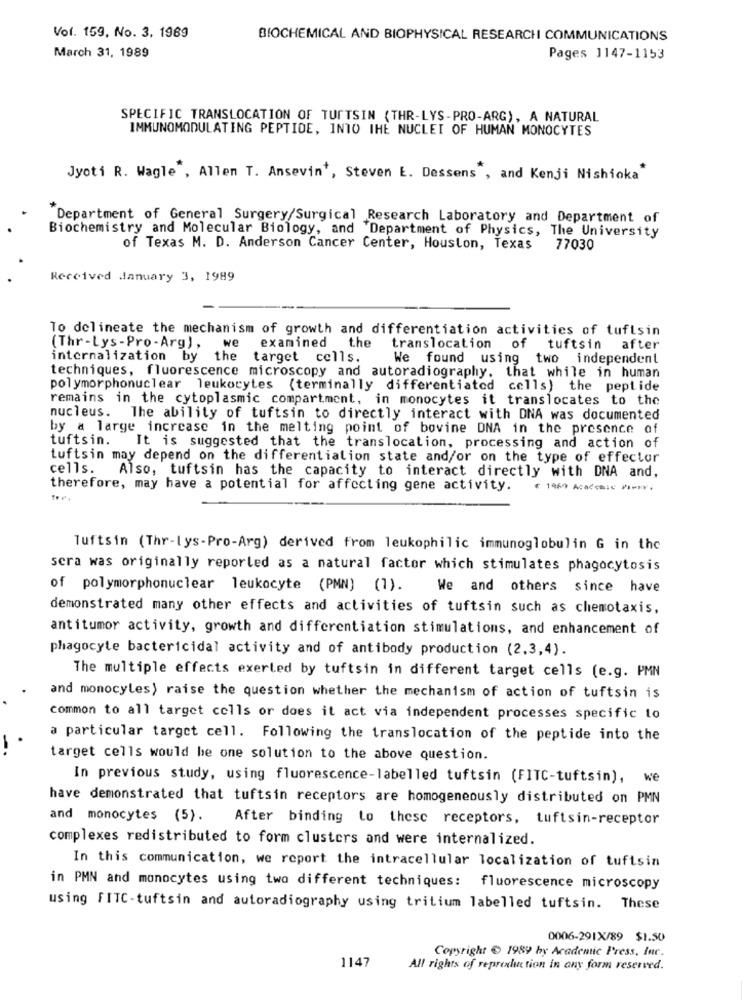
Vol. 159, No. 3. 1989
BIOCHEMICAL AND BIOPHYSICAL RESEARCH COMMUNICATIONS
March 31, 1989
Pages 1147-1153
SPECIFIC TRANSLOCATION OF TUFTSIN (THR-LYS-PRO-ARG), A NATURAL
IMMUNOMODULATING PEPTIDE, INTO THE NUCLEI OF HUMAN MONOCYTES
Jyoti R. Wagle , Allen T. Ansevin', Steven E. Dessens", and Kenji Nishioka"
"Department of General Surgery/Surgical Research Laboratory and Department of
Biochemistry and Molecular Biology, and Department of Physics, The University
of Texas M. D. Anderson Cancer Center, Houston, Texas 77030
Received January 3, 1989
To delineate the mechanism of growth and differentiation activities of tuftsin
(Thr-Lys-Pro-Arg), we
examined the translocation of tuftsin after
internalization by the
target cells.
We found using two independent
techniques, fluorescence microscopy and autoradiography. that while in human
polymorphonuclear leukocytes (terminally differentiated cells) the peptide
remains in the cytoplasmic compartment, in monocytes it translocates to the
nucleus. The ability of tuftsin to directly interact with DNA was documented
by a large increase in the melting point of bovine DNA in the presence of
tuftsin.
It is suggested that the translocation, processing and action of
tuftsin may depend on the differentialion state and/or on the type of effector
cells.
Also, tuftsin has the capacity to interact directly with DNA and,
therefore, may have a potential for affecting gene activity.
€ 1950 Academic Pier.
Tuftsin (Thr-lys-Pro-Arg) derived from leukophilic immunoglobulin G in the
sera was originally reporled as a natural factor which stimulates phagocytosis
of polymorphonuclear leukocyte (PMN) (1).
We and others since have
demonstrated many other effects and activities of tuftsin such as chemotaxis,
antitumor activity, growth and differentiation stimulations, and enhancement of
phagocyte bactericidal activity and of antibody production (2,3,4).
The multiple effects exerted by tuftsin in different target cells (e.g. PMN
and monocyles) raise the question whether the mechanism of action of tuftsin is
common to all target cells or does it act via independent processes specific to
a particular target cell. Following the translocation of the peptide into the
target cells would be one solution to the above question.
In previous study, using fluorescence-labelled tuftsin (FITC-tuftsin), we
have demonstrated that tuftsin receptors are homogeneously distributed on PMN
and monocytes (5). After binding to thesc receptors, tuftsin-receptor
complexes redistributed to form clusters and were internalized.
In this communication, we report the intracellular localization of tuftsin
in PMN and monocytes using two different techniques: fluorescence microscopy
using FITC-tuftsin and autoradiography using tritium labelled tuftsin. These
0006-291X/89 $1.50
Copyright € 1989 by Academic Press, Inr.
1147
All rights of reproduction in any form reserved.